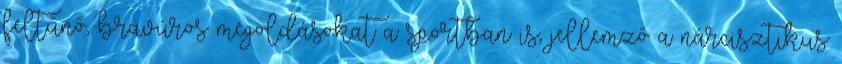
feltűnő, bravúros megoldásokat a sportban is; jellemző a nárcisztikus